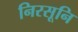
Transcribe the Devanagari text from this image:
निरसूनि